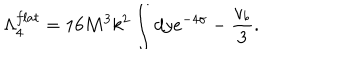
\Lambda _ { 4 } ^ { f l a t } = 1 6 M ^ { 3 } k ^ { 2 } \int d y e ^ { - 4 \sigma } - \frac { v _ { b } } { 3 } .